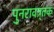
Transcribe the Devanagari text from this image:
पुनरावत्र्तक